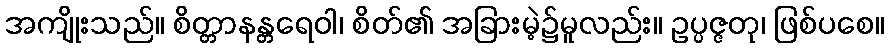
အကျိုးသည်။ စိတ္တာနန္တရေဝါ၊ စိတ်၏ အခြားမဲ့၌မူလည်း။ ဥပ္ပဇ္ဇတု၊ ဖြစ်ပစေ။